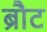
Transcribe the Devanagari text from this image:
ब्रौट